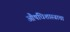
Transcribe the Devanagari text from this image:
औषधिशास्त्राचा